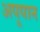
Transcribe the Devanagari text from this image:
अपूपान